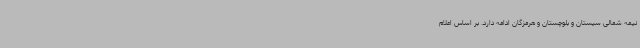
نیمه شمالی سیستان و بلوچستان و هرمزگان ادامه دارد. بر اساس اعلام